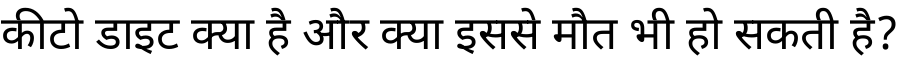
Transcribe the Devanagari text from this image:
कीटो डाइट क्या है और क्या इससे मौत भी हो सकती है?